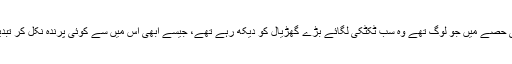
دائرے کے اندرونی حصے میں جو لوگ تھے وہ سب ٹکٹکی لگائے بڑے گھڑیال کو دیکھ رہے تھے، جیسے ابھی اس میں سے کوئی پرندہ نکل کر تبدیلی کی نوید دے گا۔